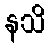
နသိ